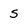
Character: S